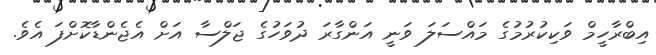
އިބްރާހީމް ވަކިކުރުމުގެ މައްސަލަ ވަނީ އަންގާރަ ދުވަހުގެ ޖަލްސާ އަށް އެޖެންޑާކޮށްފަ އެވެ.